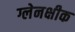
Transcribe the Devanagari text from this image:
ग्लेनक्षीक